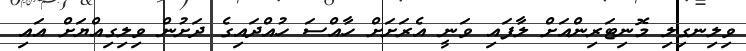
ވިލިނގިލި މޮނިޓަރިންއަށް ލާފައި ވަނީ އެރަށަށް ހާއްސަ ހުއްދައިގެ ދަށުން ވިލިގިއްޔަށް އައި